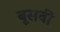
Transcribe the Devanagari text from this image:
बूसवीं